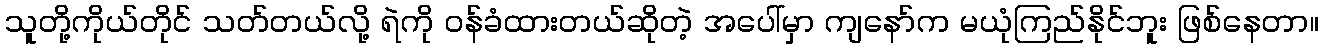
သူတို့ကိုယ်တိုင် သတ်တယ်လို့ ရဲကို ဝန်ခံထားတယ်ဆိုတဲ့ အပေါ်မှာ ကျနော်က မယုံကြည်နိုင်ဘူး ဖြစ်နေတာ။